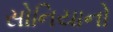
સોનિયાનો